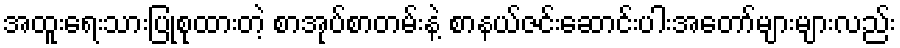
အထူးရေးသားပြုစုထားတဲ့ စာအုပ်စာတမ်းနဲ့ စာနယ်ဇင်းဆောင်းပါးအတော်များများလည်း